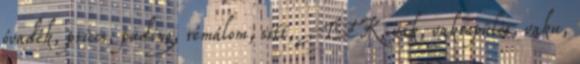
óvadék, priccs, puding, rémálom, sitt, TEK, vak, vakrepülés, vaku,